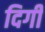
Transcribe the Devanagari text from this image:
दिगी